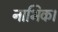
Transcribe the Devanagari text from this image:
नाभिक।